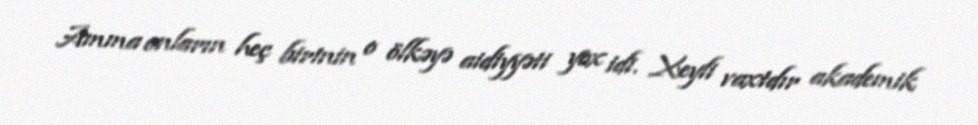
Amma onların heç birinin o ölkəyə aidiyyəti yox idi. Xeyli vaxtdır akademik